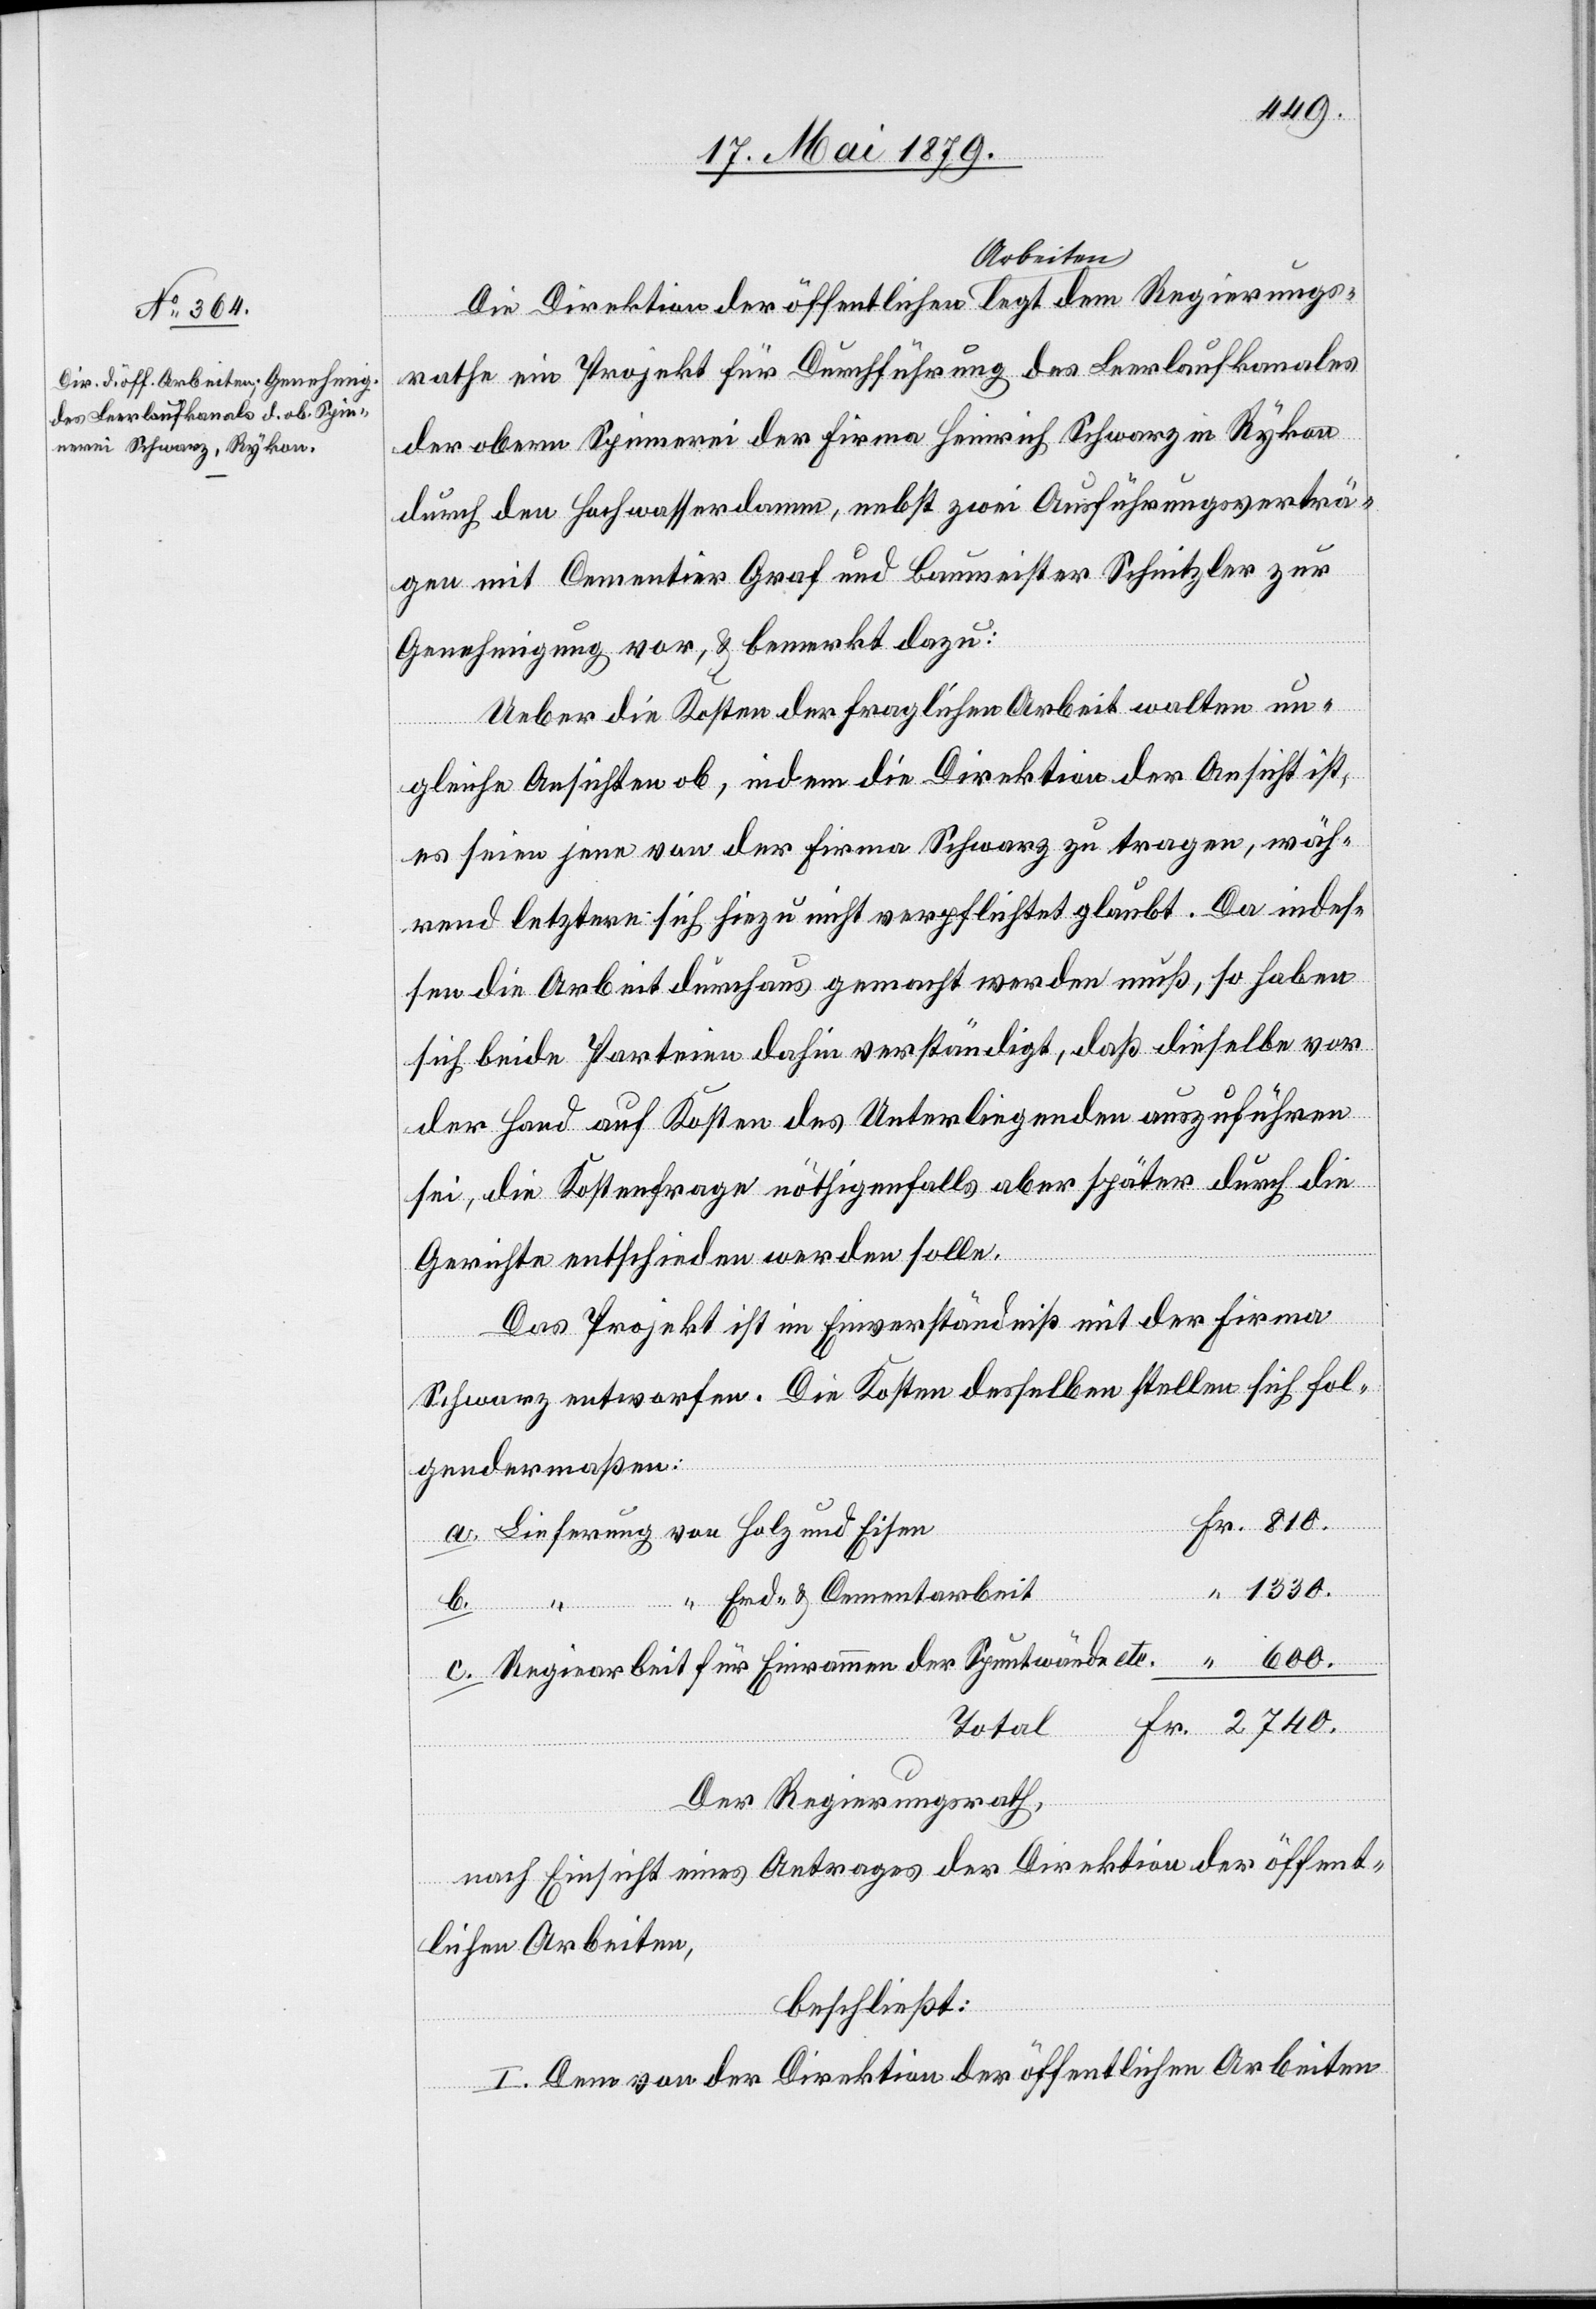
rathe ein Projekt für Durchführung des Leerlaufkanales
der obern Spinnerei der Firma Heinrich Schwarz in Rykon
durch den Hochwasserdamm, nebst zwei Ausführungsverträ¬
gen mit Cementier Graf und Baumeister Schnitzler zur
Genehmigung vor, & bemerkt dazu:
Ueber die Kosten der fraglichen Arbeit walten un¬
gleiche Ansichten ob, indem die Direktion der Ansicht ist,
es seien jene von der Firma Schwarz zu tragen, wäh¬
rend letztere sich hiezu nicht verpflichtet glaubt. Da indes¬
sen die Arbeit durchaus gemacht werden muß, so haben
sich beide Parteien dahin verständigt, daß dieselbe vor
der Hand auf Kosten des Unterliegenden auszuführen
sei, die Kostenfrage nöthigenfalls aber später durch die
Gerichte entschieden werden solle.
Das Projekt ist im Einverständniß mit der Firma
Schwarz entworfen. Die Kosten desselben stellen sich fol¬
gendermaßen:
Fr.
Lieferung von Holz und Eisen
1330.
c.
“ Erd- & Cementarbeit
ion
810.
rungs¬
b.
Regiearbeit für Einrammen der Spuntwände etc.
Total
Der Regierungsrath,
nach Einsicht eines Antrages der Direktion der öffent¬
lichen Arbeiten,
beschließt:
I. Dem von der Direktion der öffentlichen Arbeiten